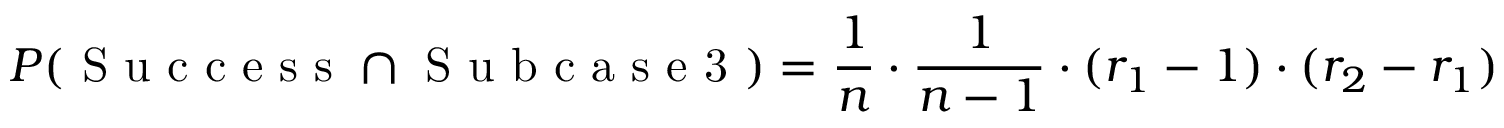
P ( \mathrm { ~ S ~ u ~ c ~ c ~ e ~ s ~ s ~ } \cap \mathrm { ~ S ~ u ~ b ~ c ~ a ~ s ~ e ~ 3 ~ } ) = \frac { 1 } { n } \cdot \frac { 1 } { n - 1 } \cdot ( r _ { 1 } - 1 ) \cdot ( r _ { 2 } - r _ { 1 } )